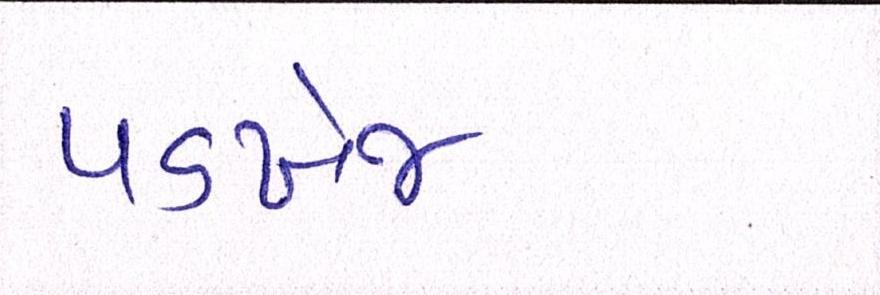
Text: પડખેજ